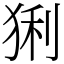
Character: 猁